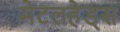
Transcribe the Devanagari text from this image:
मेटलहेड्स